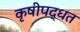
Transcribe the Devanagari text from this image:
कृषीपद्धत